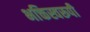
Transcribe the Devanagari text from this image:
भक्तिस्वरूपी